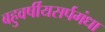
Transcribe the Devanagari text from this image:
बहुवर्षीयसर्पगंधा